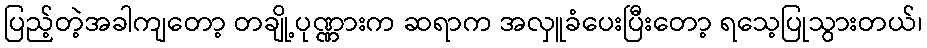
ပြည့်တဲ့အခါကျတော့ တချို့ပုဏ္ဏားက ဆရာက အလှူခံပေးပြီးတော့ ရသေ့ပြုသွားတယ်၊